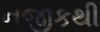
નજીકથી